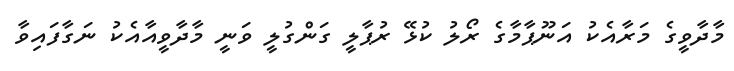
މާދާވީގެ މަރާއެކު އަނޫޕާމާގެ ރޯލު ކުޅޭ ރުޕާލީ ގަންގުލީ ވަނީ މާދާވީއާއެކު ނަގާފައިވާ